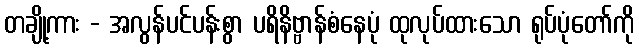
တချို့ကား - အလွန်ပင်ပန်းစွာ ပရိနိဗ္ဗာန်စံနေပုံ ထုလုပ်ထားသော ရုပ်ပုံတော်ကို